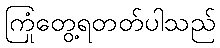
ကြုံတွေ့ရတတ်ပါသည်